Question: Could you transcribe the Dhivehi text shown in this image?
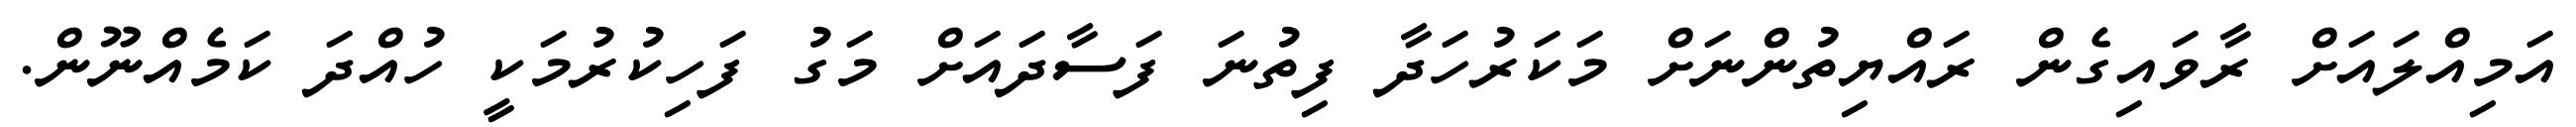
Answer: އަމިއްލައަށް ރާވައިގެން ރައްޔިތުންނަށް މަކަރުހަދާ ފިތުނަ ފަސާދައަށް މަގު ފަހިކުރުމަކީ ހުއްދަ ކަމެއްނޫން.